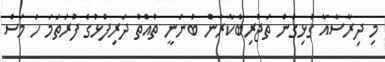
މި ދިރާސާއާ ގުޅިގެން ތަޖުރިބާކާރުން ބުނަނީ ތުއްތު ދަރިފުޅުގެ ފުރަތަމަ ހަ މަސް